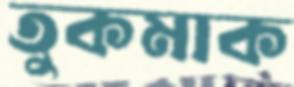
তুকমাক